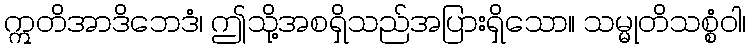
ဣတိအာဒိဘေဒံ၊ ဤသို့အစရှိသည်အပြားရှိသော။ သမ္မုတိသစ္စံဝါ၊